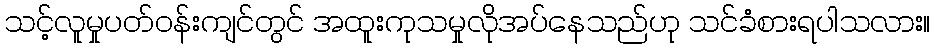
သင့်လူမှုပတ်ဝန်းကျင်တွင် အထူးကုသမှုလိုအပ်နေသည်ဟု သင်ခံစားရပါသလား။